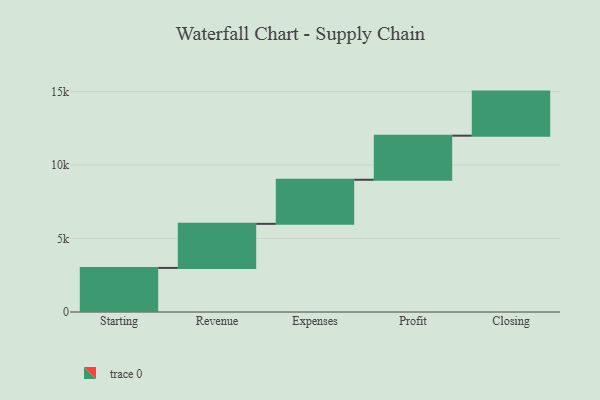
{"axis": {"x": "Step", "y": "Value"}, "legend": [""], "data": [{"x": "Starting", "y": 3000, "type": ""}, {"x": "Revenue", "y": 3000, "type": ""}, {"x": "Expenses", "y": 3000, "type": ""}, {"x": "Profit", "y": 3000, "type": ""}, {"x": "Closing", "y": 3000, "type": ""}]}